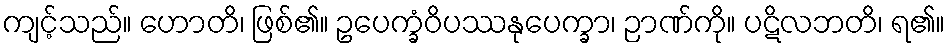
ကျင့်သည်။ ဟောတိ၊ ဖြစ်၏။ ဥပေက္ခံဝိပဿနုပေက္ခာ၊ ဉာဏ်ကို။ ပဋိလဘတိ၊ ရ၏။